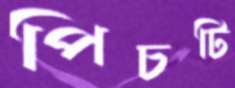
পিচটি